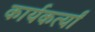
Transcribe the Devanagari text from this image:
कार्यकर्त्यां